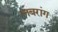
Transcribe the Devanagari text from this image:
लबरांग